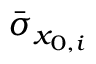
\bar { \sigma } _ { x _ { 0 , i } }